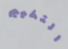
التخييم